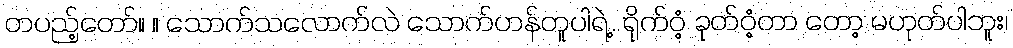
တပည့်တော်။ ။ သောက်သလောက်လဲ သောက်ဟန်တူပါရဲ့. ရိုက်ဝံ့ ခုတ်ဝံ့တာ တော့ မဟုတ်ပါဘူး၊